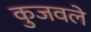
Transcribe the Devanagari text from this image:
कुजवले